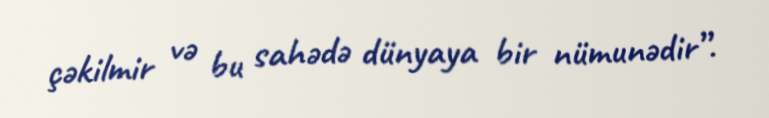
çəkilmir və bu sahədə dünyaya bir nümunədir”.